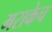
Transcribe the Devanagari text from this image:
मराकेच